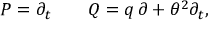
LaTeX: { \cal P } = \partial _ { t } \qquad { \cal Q } = q \, \partial + \theta ^ { 2 } \partial _ { t } ,